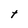
Character: t